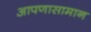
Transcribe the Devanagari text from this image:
आपणासामान